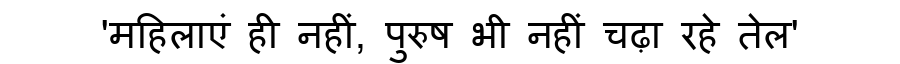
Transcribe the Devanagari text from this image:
'महिलाएं ही नहीं, पुरुष भी नहीं चढ़ा रहे तेल'